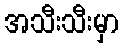
အသီးသီးမှာ